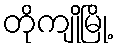
တိုကျိုမြို့